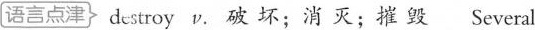
语言点津}deuroy v. 破 坏;消 灭;摧 毁 Several